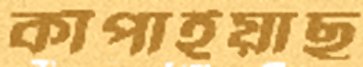
কাঁপাইয়াছ